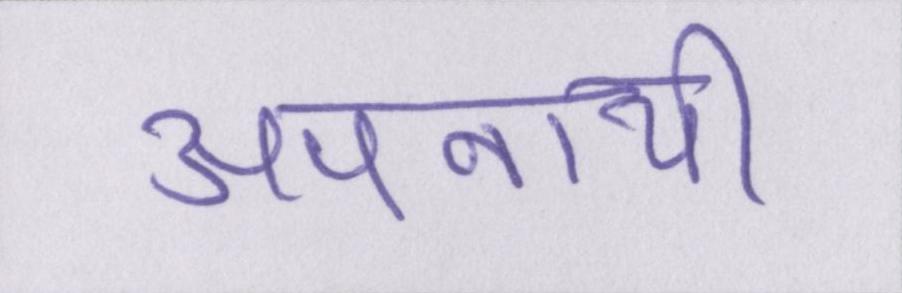
अपनायी